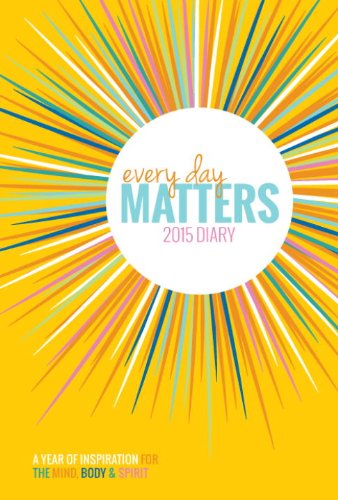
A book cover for Every Day Matters 2015 Diary: A Year of Inspiration for the Mind Body & Spirit; Dani DiPirro; Calendars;